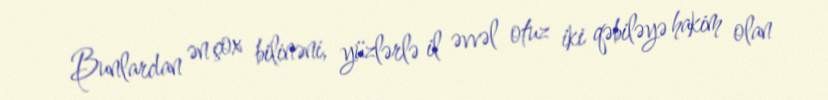
Bunlardan ən çox bilinəni, yüzlərlə il əvvəl otuz iki qəbiləyə hakim olan